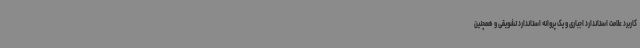
کاربرد علامت استاندارد اجباری و یک پروانه استاندارد تشویقی و همچنین